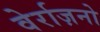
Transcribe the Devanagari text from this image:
वेर्राज़नो